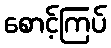
စောင့်ကြပ်